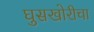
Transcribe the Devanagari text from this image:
घुसखोरीचा